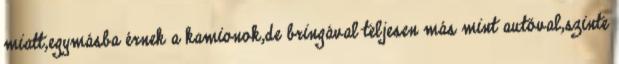
miatt,egymásba érnek a kamionok,de bringával teljesen más mint autóval,szinte